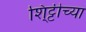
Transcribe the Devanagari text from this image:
शि्ट्टीच्या